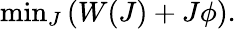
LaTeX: \mathrm{min}_{J}\left(W(J)+J\phi\right).